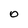
Character: 0